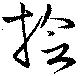
撿